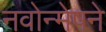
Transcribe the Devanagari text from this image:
नवोन्मेषने